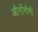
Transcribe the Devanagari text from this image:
और्गोनौमी